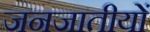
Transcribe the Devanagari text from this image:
जनजातीयों